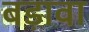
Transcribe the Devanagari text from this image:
बड़ावा